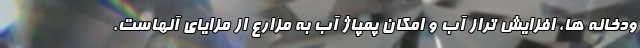
ودخانه ها، افزایش تراز آب و امکان پمپاژ آب به مزارع از مزایای آنهاست.